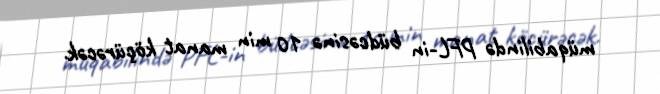
müqabilində PFL-in büdcəsinə 10 min manat köçürəcək.